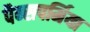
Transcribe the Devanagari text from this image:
पैन्सपर्मिया